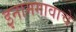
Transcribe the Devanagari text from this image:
इनामगावाचे